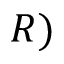
R )